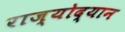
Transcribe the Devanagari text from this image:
राज्योद्यान